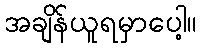
အချိန်ယူရမှာပေါ့။